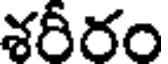
శరీరం